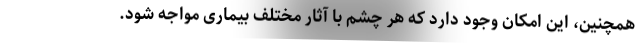
همچنین، این امکان وجود دارد که هر چشم با آثار مختلف بیماری مواجه شود.